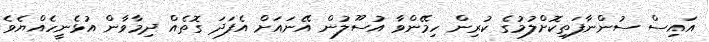
އައިސް ސުންނާފަތިކޮށްލުމުގެ ކުރިން ހިމޭންވާ އުސޫލުން އޭނައަށް އެފަދަ ގޮތެއް ދިމާވާން އުޅެނީހެއްޔެވެ